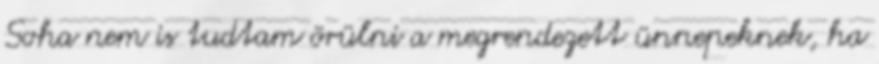
Soha nem is tudtam örülni a megrendezett ünnepeknek, ha